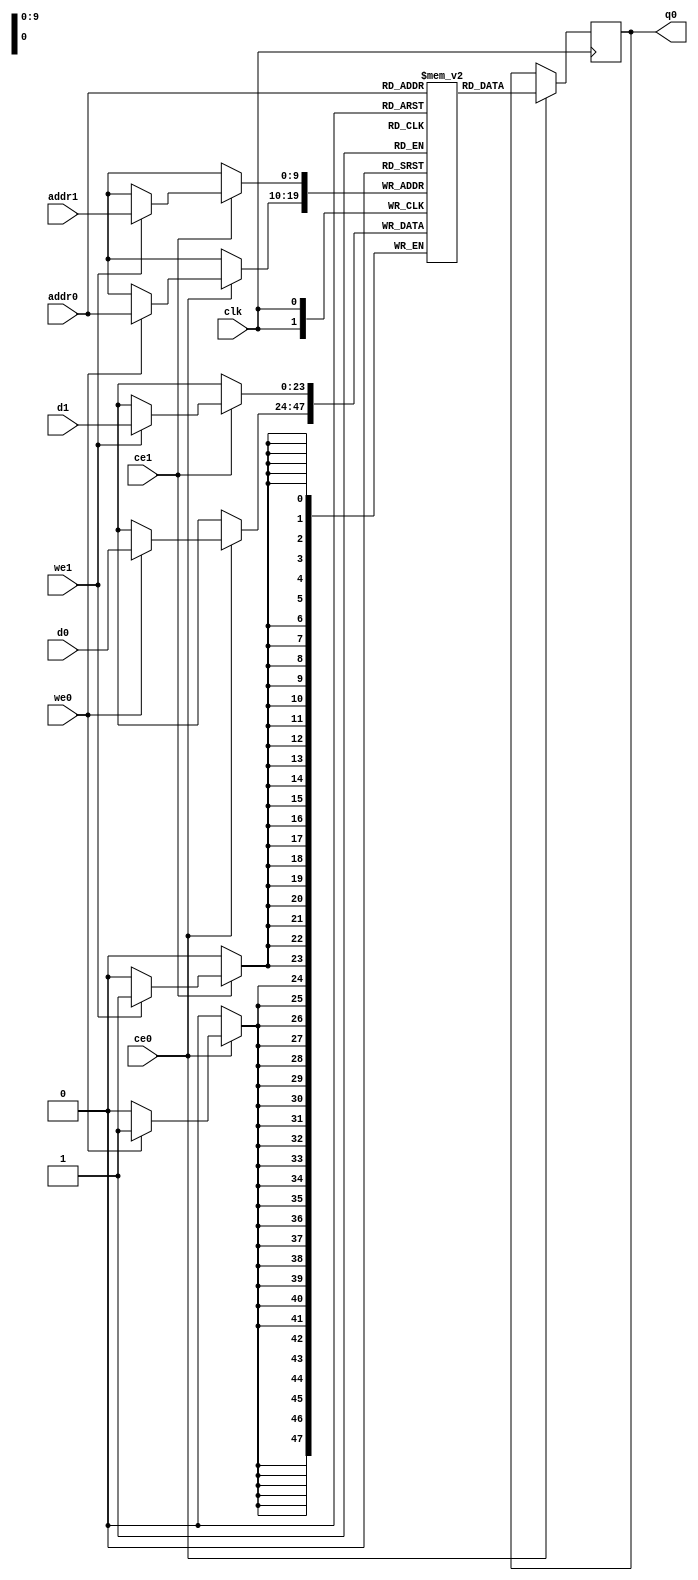
module hls_xfft2real_twid_rom_M_real_V_memcore_ram (addr0, ce0, d0, we0, q0, addr1, ce1, d1, we1,  clk);

parameter DWIDTH = 24;
parameter AWIDTH = 10;
parameter MEM_SIZE = 1024;

input[AWIDTH-1:0] addr0;
input ce0;
input[DWIDTH-1:0] d0;
input we0;
output reg[DWIDTH-1:0] q0;
input[AWIDTH-1:0] addr1;
input ce1;
input[DWIDTH-1:0] d1;
input we1;
input clk;

reg [DWIDTH-1:0] ram[0:MEM_SIZE-1];




always @(posedge clk)  
begin 
    if (ce0) begin
        if (we0) 
            ram[addr0] <= d0; 
        q0 <= ram[addr0];
    end
end


always @(posedge clk)  
begin 
    if (ce1) begin
        if (we1) 
            ram[addr1] <= d1; 
    end
end


endmodule